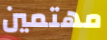
مهتمين